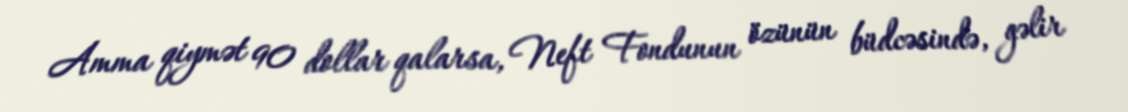
Amma qiymət 90 dollar qalarsa, Neft Fondunun özünün büdcəsində, gəlir